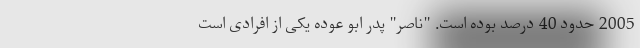
2005 حدود 40 درصد بوده است. "ناصر" پدر ابو عوده یکی از افرادی است